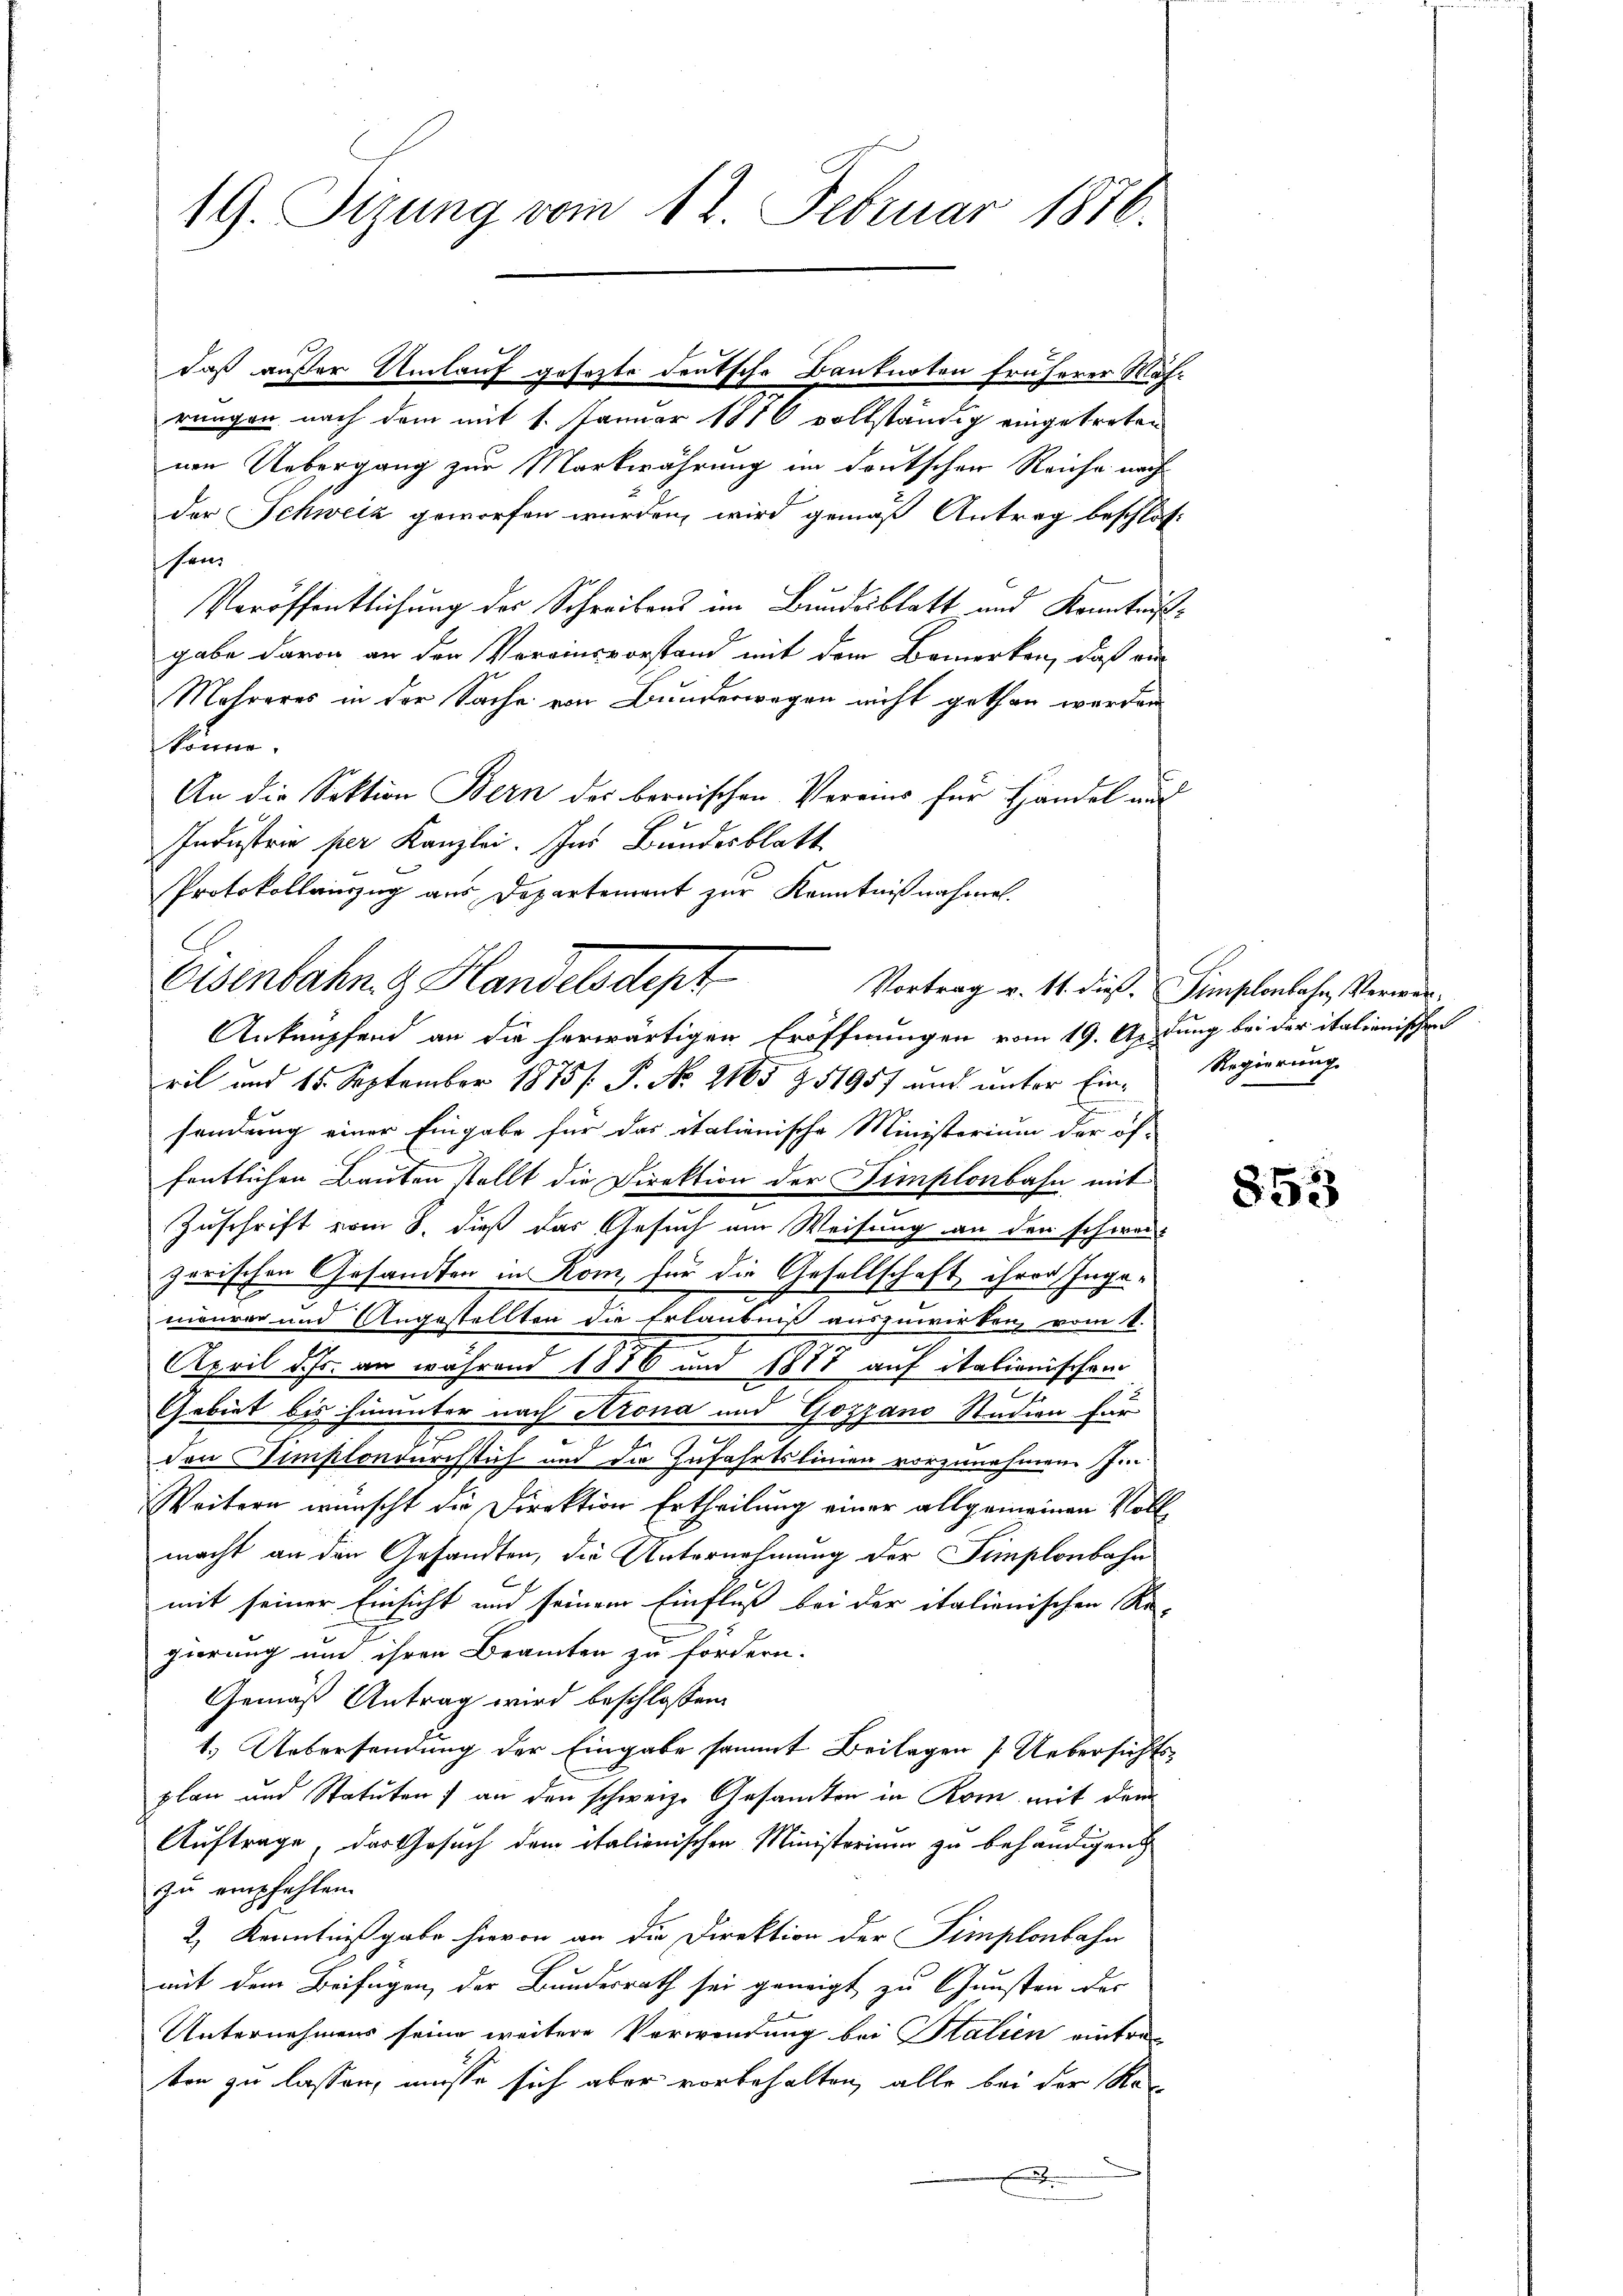
19. Sizung vom 12. Februar 1876.

rungen nach dem mit 1. Januar 1816 vollständig eingetreten
nen Uebergang zur Markwährung im deutschen Reiche nachder Schweiz geworfen wurden, wird gemäß Antrag beschlos
hen.
Veröffentlichung der Schreibens im Bundesblatt und Kenntniß
gabe davon an den Vereinsvorstand mit dem Bemerken, daß ein
Mehreres in der Sache von Bunderwegen nicht gethan werden
könne.
An die Sektion Bern der bernischen Vereins für Handel auf
Industrie per Kanzlei. Ins Bundesblatt
ril und 15. September 1875. P. No. 2165 Z 11957 und unter Einsendung einer Eingabe für das italienische Ministerium der öf-
fentlichen Bauten stellt die Direktion der Simplonbahn mit
Zuschrift vom 8. dieß das Gesuch am Weisung an den schwarzerischen Gesandten in Rom, für die Gesellschaft ihrer Ingemaurer und Angestellten die Erlaubniß auszuwirken, vom 1.
April d. Js. an während 1876 und 1887 auf italionischen
Gebiet bis hinunter nach Arona und Gozzano Studien für
den Simplondurchstuf und die Zufahrtslinien vorzunehmen J.
Weitern wünscht die Direktion Ertheilung einer allgemeinen Vollmacht an den Gesandten, die Unternehmung der Simplonbahn
f
mit seiner Einsicht und seinem Einfluß bei der italienischen Re-
gierung und ihren Beamten zu fördern.
Gemäß Antrag wird beschlossen:
1.) Uebersendung der Eingabe sammt Beilagen Uebersichtsplan und Statuten) an den schweize Gesandten in Rom mit dem
Auftrage, der Gesuch dem italienischen Ministerium zu behändigend
zu empfehlen.
2) Kenntnißgabe hievon an die Direktion der Simplonbahn
mit dem Beifügen, der Bundesrath sei geneigt zu Gunsten der
Unternehmens seine weitere Verwendung bei Stalien eintre-
ten zu lassen, müsse sich aber vorbehalten, alle bei der Ree

daß außer Umlauf gesezte deutsche Banknoten früherer Mach

Protokollauszug aus Departement zur Kenntnißnahmel
Eisenbahn & Handelsdept
Anknüpfend an die herwärtigen Eröffnungen vom 19. Aprung bei der italionischen

Vortrag v. 11. dieß. Simplonbahn, Verwer¬

2

Regierung.

853